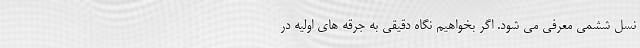
نسل ششمی معرفی می شود. اگر بخواهیم نگاه دقیقی به جرقه های اولیه در